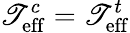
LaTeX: \mathscr{T}_{\mathrm{{eff}}}^{c}=\mathscr{T}_{\mathrm{{eff}}}^{t}